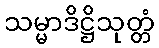
သမ္မာဒိဋ္ဌိသုတ္တံ